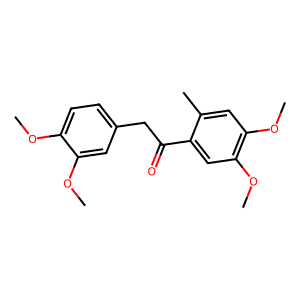
SMILES: COc1ccc(CC(=O)c2cc(OC)c(OC)cc2C)cc1OC
Inhibits HIV replication: No